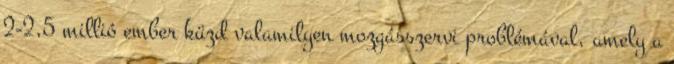
2-2,5 millió ember küzd valamilyen mozgásszervi problémával, amely a